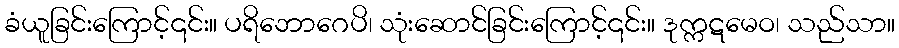
ခံယူခြင်းကြောင့်၎င်း။ ပရိဘောဂေပိ၊ သုံးဆောင်ခြင်းကြောင့်၎င်း။ ဒုက္ကဋမေဝ၊ သည်သာ။